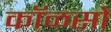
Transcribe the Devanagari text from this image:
कॉळसो